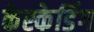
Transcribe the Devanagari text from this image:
केस्केडिंग